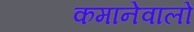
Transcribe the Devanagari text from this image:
कमानेवालों